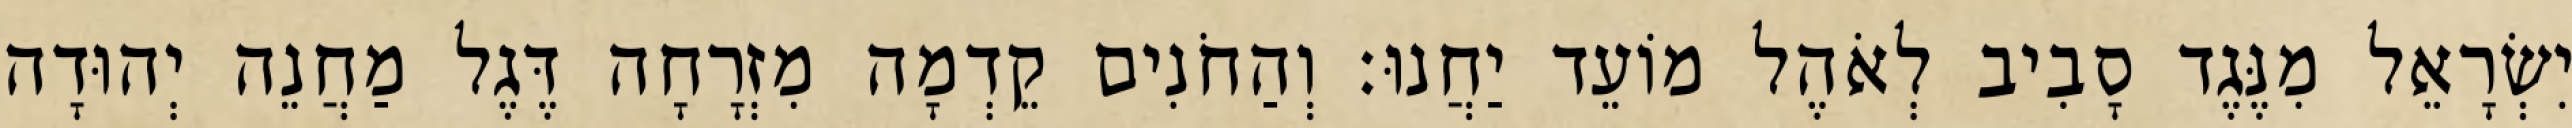
יִשְׂרָאֵל מִנֶּגֶד סָבִיב לְאֹהֶל מוֹעֵד יַחֲנוּ׃ וְהַחֹנִים קֵדְמָה מִזְרָחָה דֶּגֶל מַחֲנֵה יְהוּדָה